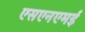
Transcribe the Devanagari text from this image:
एसएनएमई